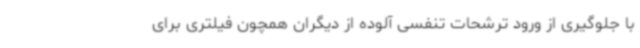
با جلوگیری از ورود ترشحات تنفسی آلوده از دیگران همچون فیلتری برای